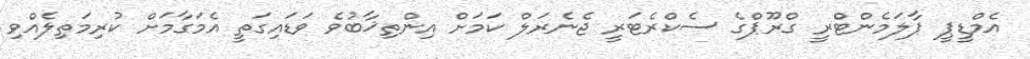
އެމްޑީޕީ ޕާލަމެންޓްރީ ގްރޫޕްގެ ސެކްރެޓަރީ ޖެނެރަލް ކަމަށް އިންތިޚާބުވެ ވަޑައިގަތީ އެމަގާމަށް ކުރިމަތިލެއްވި